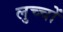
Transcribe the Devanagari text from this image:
लुच्चों